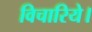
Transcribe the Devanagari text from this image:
विचारिये।